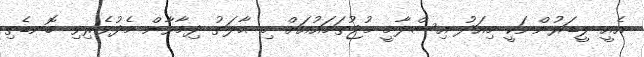
އެއީ ލީޑަރުންނަކީ މިއަދު އިސްލާމީ މުޖުތަމައުއަށް މި ޙާލަތު ދިމާވާން މެދުވެރިވި ބޮނޑެތި